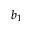
b _ { 1 }